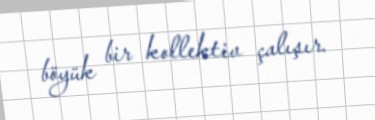
böyük bir kollektiv çalışır.